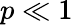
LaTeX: p\ll 1